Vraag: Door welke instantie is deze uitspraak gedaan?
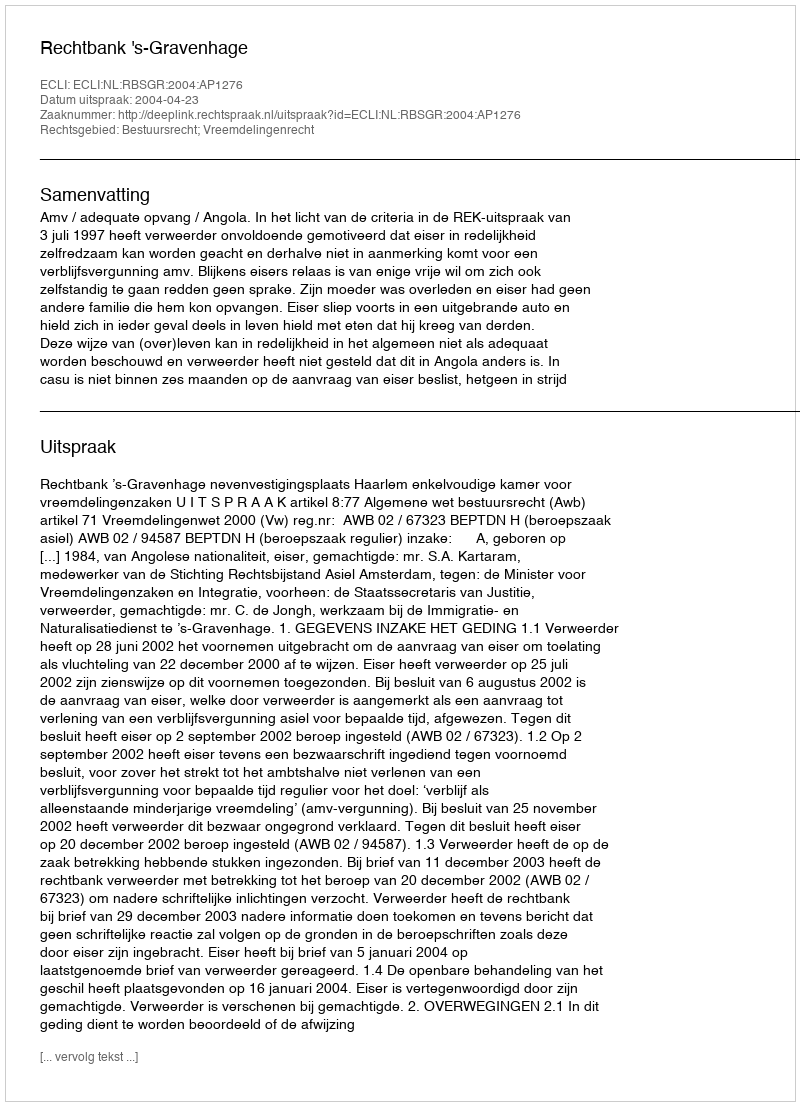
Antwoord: Rechtbank 's-Gravenhage